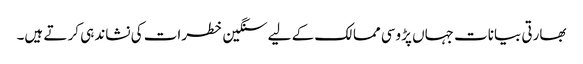
بھارتی بیانات جہاں پڑوسی ممالک کے لیے سنگین خطرات کی نشاندہی کر تے ہیں۔